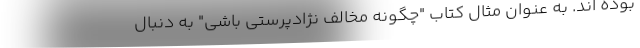
بوده اند. به عنوان مثال کتاب "چگونه مخالف نژادپرستی باشی" به دنبال